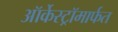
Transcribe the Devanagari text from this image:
ऑर्केस्ट्रॉमार्फत